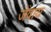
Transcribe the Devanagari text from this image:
जेंवाय